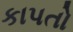
કાપતો